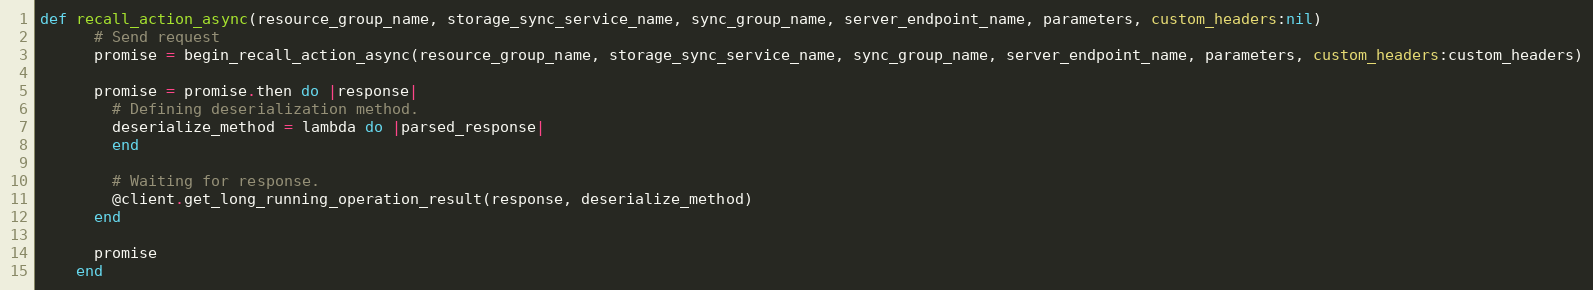
Language: Ruby
def recall_action_async(resource_group_name, storage_sync_service_name, sync_group_name, server_endpoint_name, parameters, custom_headers:nil)
      # Send request
      promise = begin_recall_action_async(resource_group_name, storage_sync_service_name, sync_group_name, server_endpoint_name, parameters, custom_headers:custom_headers)

      promise = promise.then do |response|
        # Defining deserialization method.
        deserialize_method = lambda do |parsed_response|
        end

        # Waiting for response.
        @client.get_long_running_operation_result(response, deserialize_method)
      end

      promise
    end